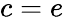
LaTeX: c=e